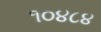
૧૦૪૮૪